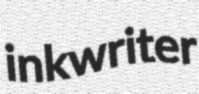
inkwriter